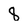
Character: 8